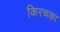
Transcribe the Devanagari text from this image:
किरचका